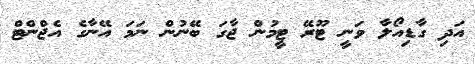
އަދި ގާޑިއޯލާ ވަނީ ޓޫރޭ ޓީމުން ޖާގަ ބޭނުން ނަމަ އޭނާގެ އެޖްންޓް